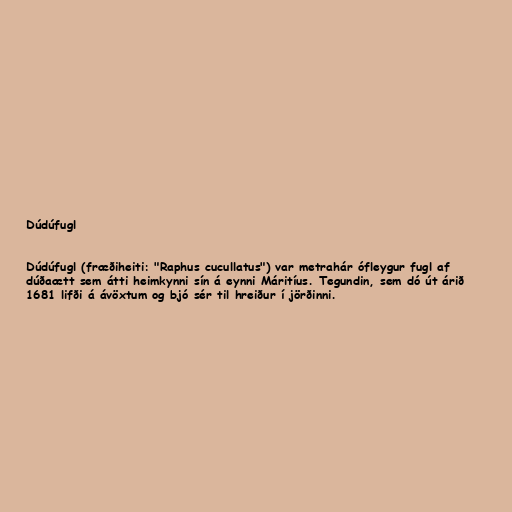
Dúdúfugl

Dúdúfugl (fræðiheiti: "Raphus cucullatus") var metrahár ófleygur fugl af
dúðaætt sem átti heimkynni sín á eynni Máritíus. Tegundin, sem dó út árið
1681 lifði á ávöxtum og bjó sér til hreiður í jörðinni.